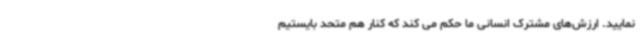
نمایید. ارزش‌های مشترک انسانی ما حکم می کند که کنار هم متحد بایستیم